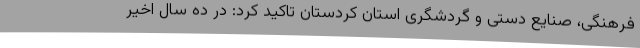
فرهنگی، صنایع دستی و گردشگری استان کردستان تاکید کرد: در ده سال اخیر